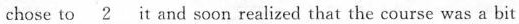
chase to \underline{2} it and soon realized that the course was a bit